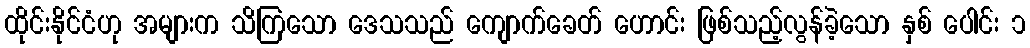
ထိုင်းနိုင်ငံဟု အများက သိကြသော ဒေသသည် ကျောက်ခေတ် ဟောင်း ဖြစ်သည့်လွန်ခဲ့သော နှစ် ပေါင်း ၁